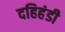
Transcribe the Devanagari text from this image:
दहिहंडी